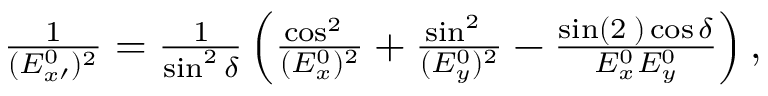
\begin{array} { r } { \frac { 1 } { ( E _ { x \prime } ^ { 0 } ) ^ { 2 } } = \frac { 1 } { \sin ^ { 2 } \delta } \left( \frac { \cos ^ { 2 } { \it \Psi } } { ( E _ { x } ^ { 0 } ) ^ { 2 } } + \frac { \sin ^ { 2 } { \it \Psi } } { ( E _ { y } ^ { 0 } ) ^ { 2 } } - \frac { \sin ( 2 { \it \Psi } ) \cos \delta } { E _ { x } ^ { 0 } E _ { y } ^ { 0 } } \right) , } \end{array}